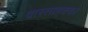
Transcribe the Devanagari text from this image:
वारसाहक्का